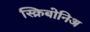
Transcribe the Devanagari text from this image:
स्क्रिबोनिअ